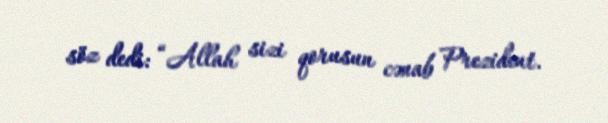
söz dedi: “Allah sizi qorusun cənab Prezident.